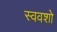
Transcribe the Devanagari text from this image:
स्ववशो